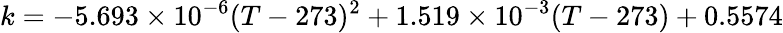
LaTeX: k=-5.693\times 10^{-6}(T-273)^{2}+1.519\times 10^{-3}(T-273)+0.5574